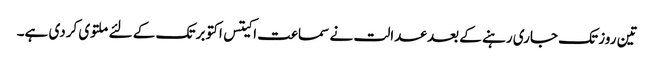
تین روز تک جاری رہنے کے بعد عدالت نے سماعت اکیتس اکتوبر تک کے لئے ملتوی کردی ہے۔